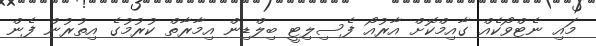
މައި ނެޓްވޯކެއް ގާއިމްކޮށް އާރުއޯ ފެސިލިޓީ ބިލްޑިން އިމާރާތް ކުރުމުގެ އިތުރުން ފެން